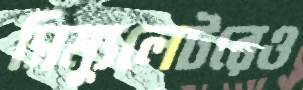
সিম্যুলেটরেও